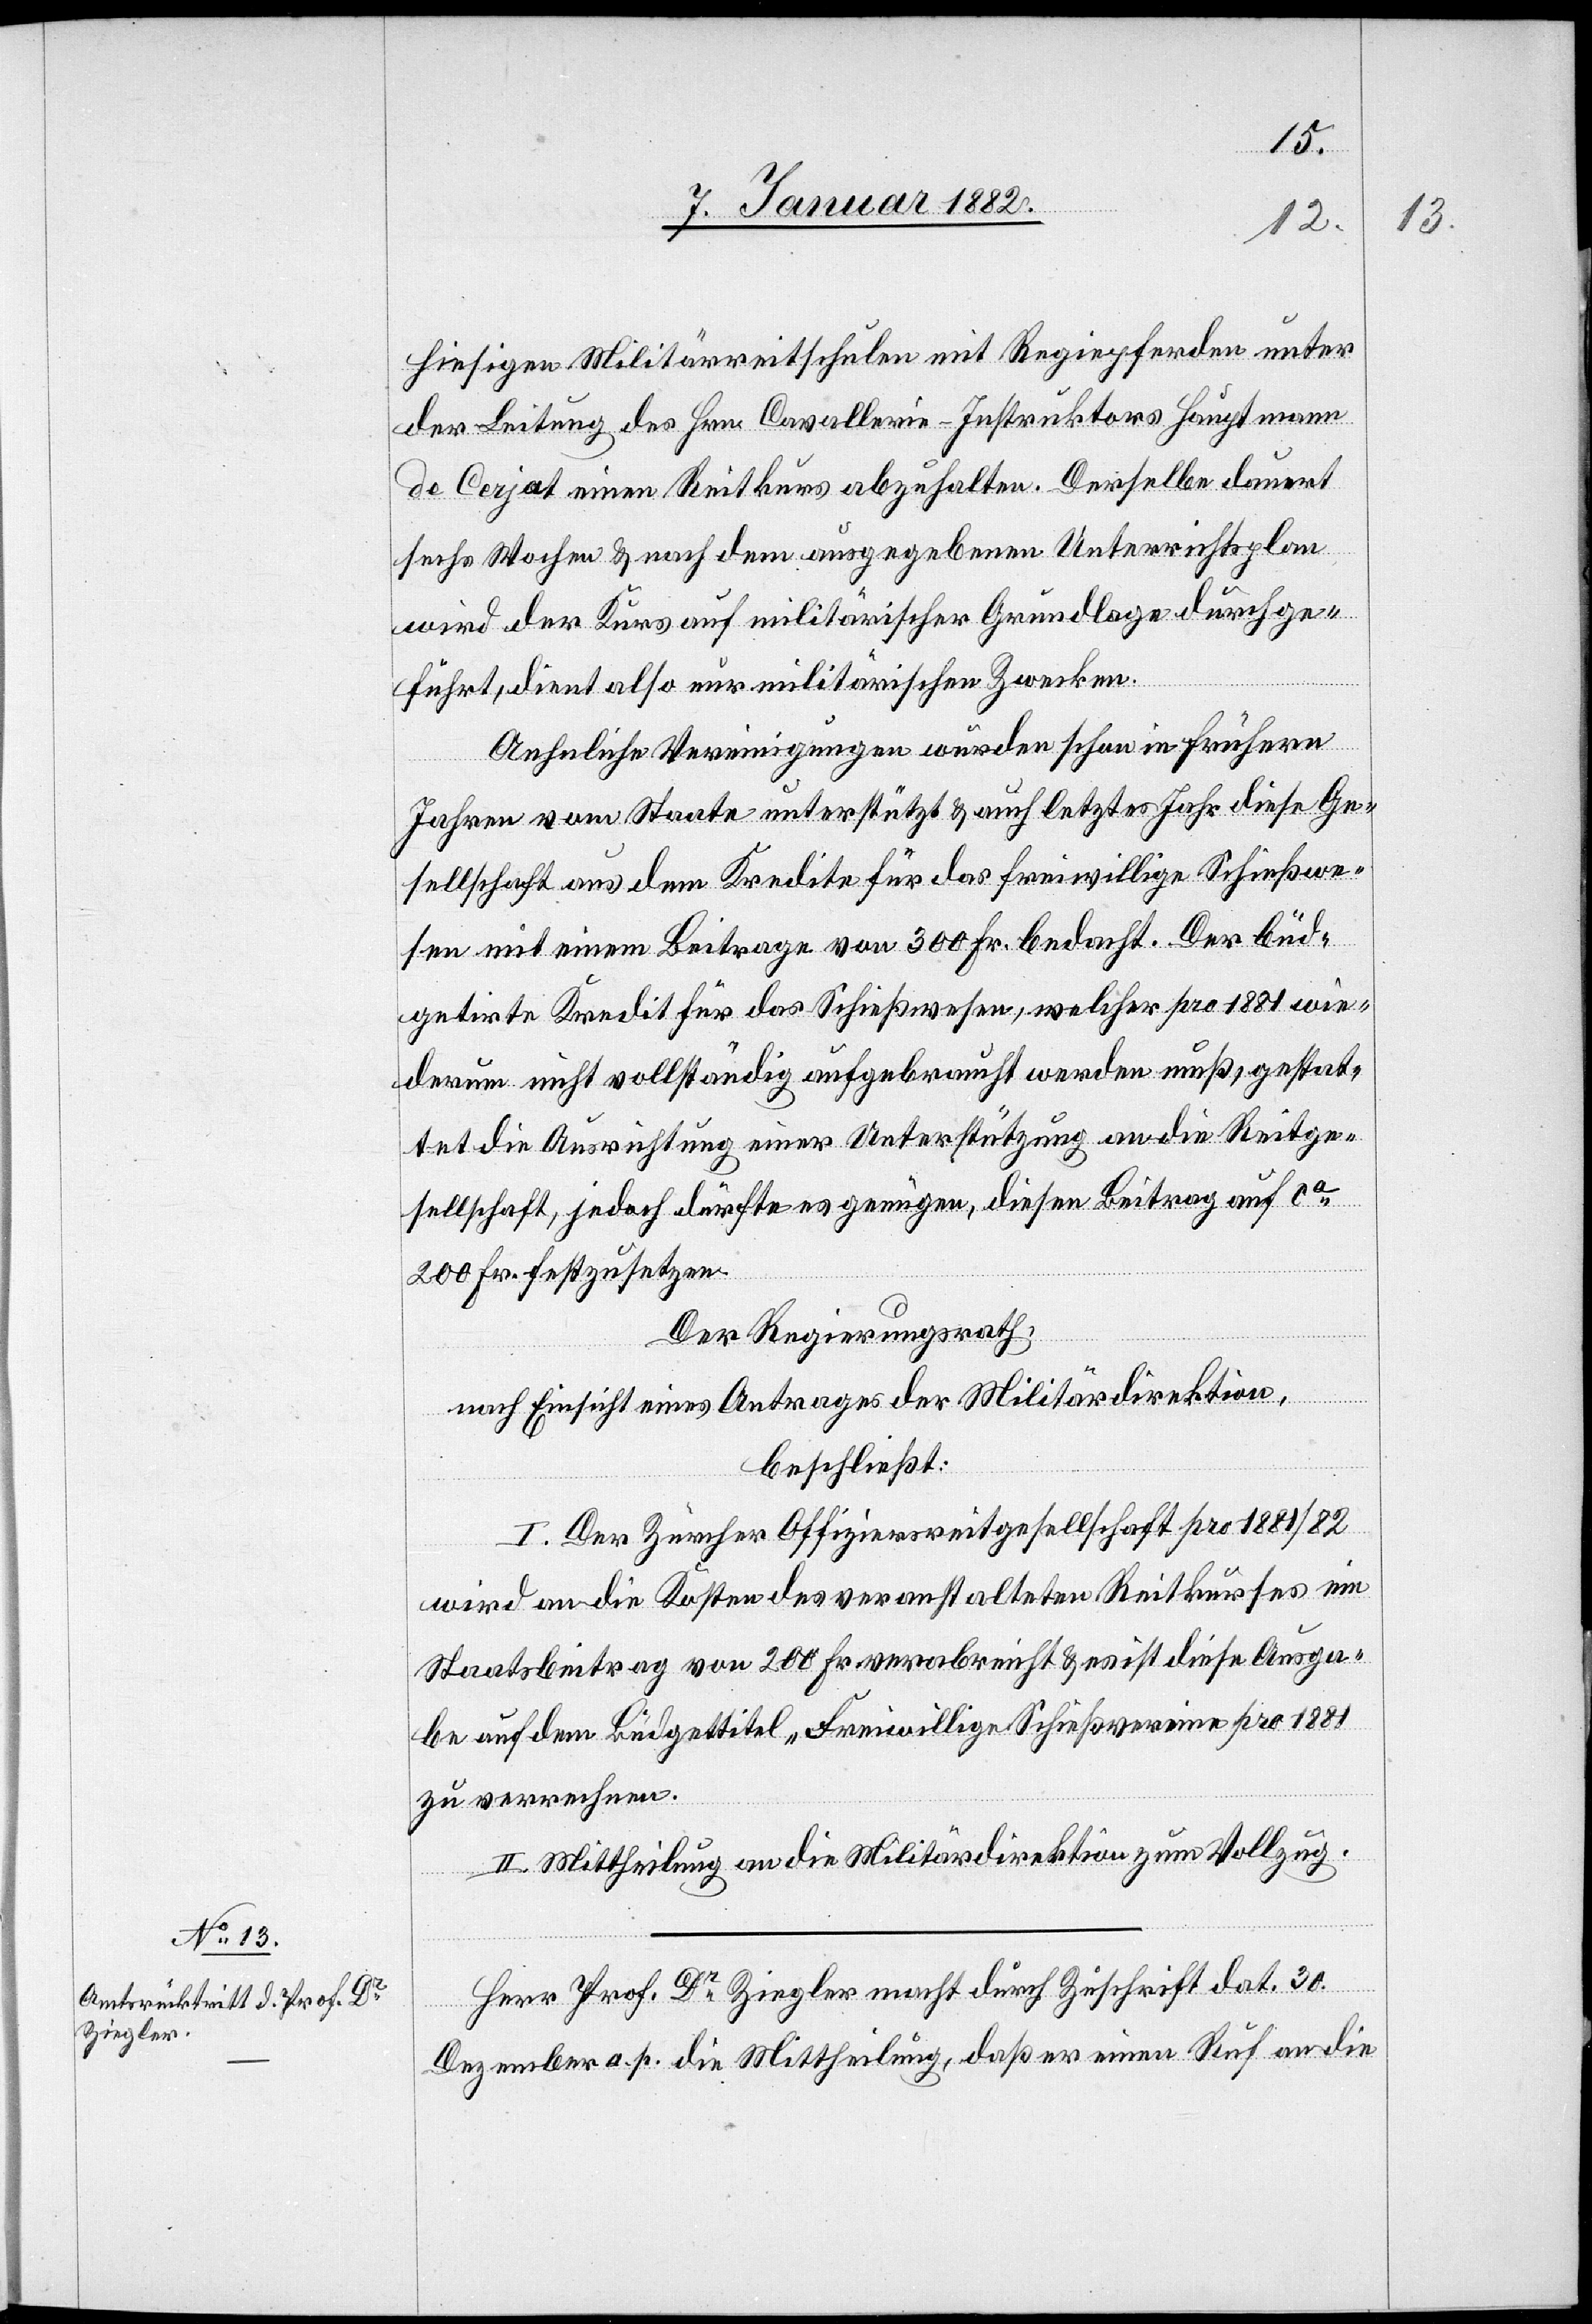
hiesigen Militärreitschulen mit Regiepferden unter
der Leitung des Hrn. Cavallerie-Instruktors Hauptmann
de Cerjat einen Reitkurs abzuhalten. Derselbe dauert
sechs Wochen & nach dem ausgegebenen Unterrichtsplan
wird der Kurs auf militärischer Grundlage durchge¬
führt, dient also nur militärischen Zwecken.
Aehnliche Vereinigungen würden schon in frühern
Jahren vom Staate unterstützt & auch letztes Jahr diese Ge¬
sellschaft aus dem Kredite für das freiwillige Schießwe¬
sen mit einem Beitrage von 300 Fr. bedacht. Der büd¬
getierte Kredit für das Schießwesen, welcher pro 1881 wie¬
derum nicht vollständig aufgebraucht werden muß, gestat¬
tet die Ausrichtung einer Unterstützung an die Reitge¬
sellschaft, jedoch dürfte es genügen, diesen Beitrag auf ca
200 Fr. festzusetzen.
Der Regierungsrath;
nach Einsicht eines Antrages der Militärdirektion,
beschließt:
I. Der Zürcher Offiziersreitgesellschaft pro 1881/82
wird an die Kosten des veranstalteten Reitkurses ein
Staatsbeitrag von 200 Fr. verabreicht & es ist diesen Ausga¬
ben auf dem Büdgettitel „Freiwillige Schießvereine“ pro 1881
zu verrechnen.
II. Mittheilung an die Militärdirektion zum Vollzug.
Herr Prof. Dr Ziegler macht durch Zuschrift dat. 30.
Dezember a. p. die Mittheilung, daß er einen Ruf an die